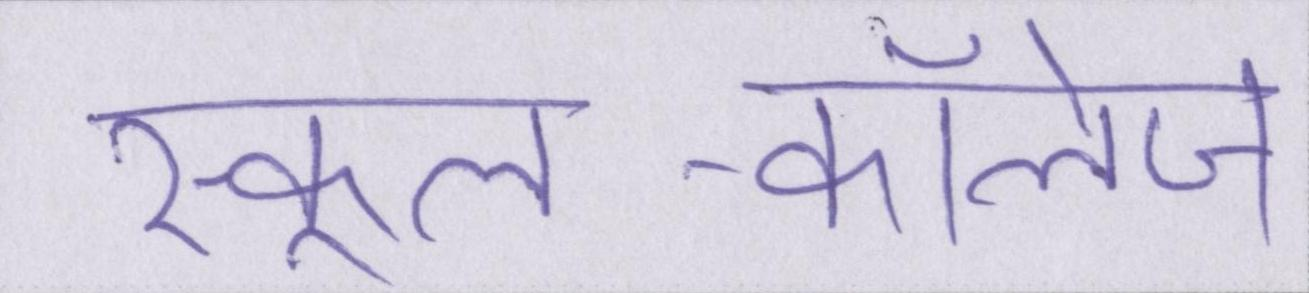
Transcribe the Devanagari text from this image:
स्कूल-कॉलेज